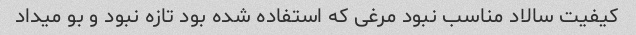
کیفیت سالاد مناسب نبود مرغی که استفاده شده بود تازه نبود و بو میداد